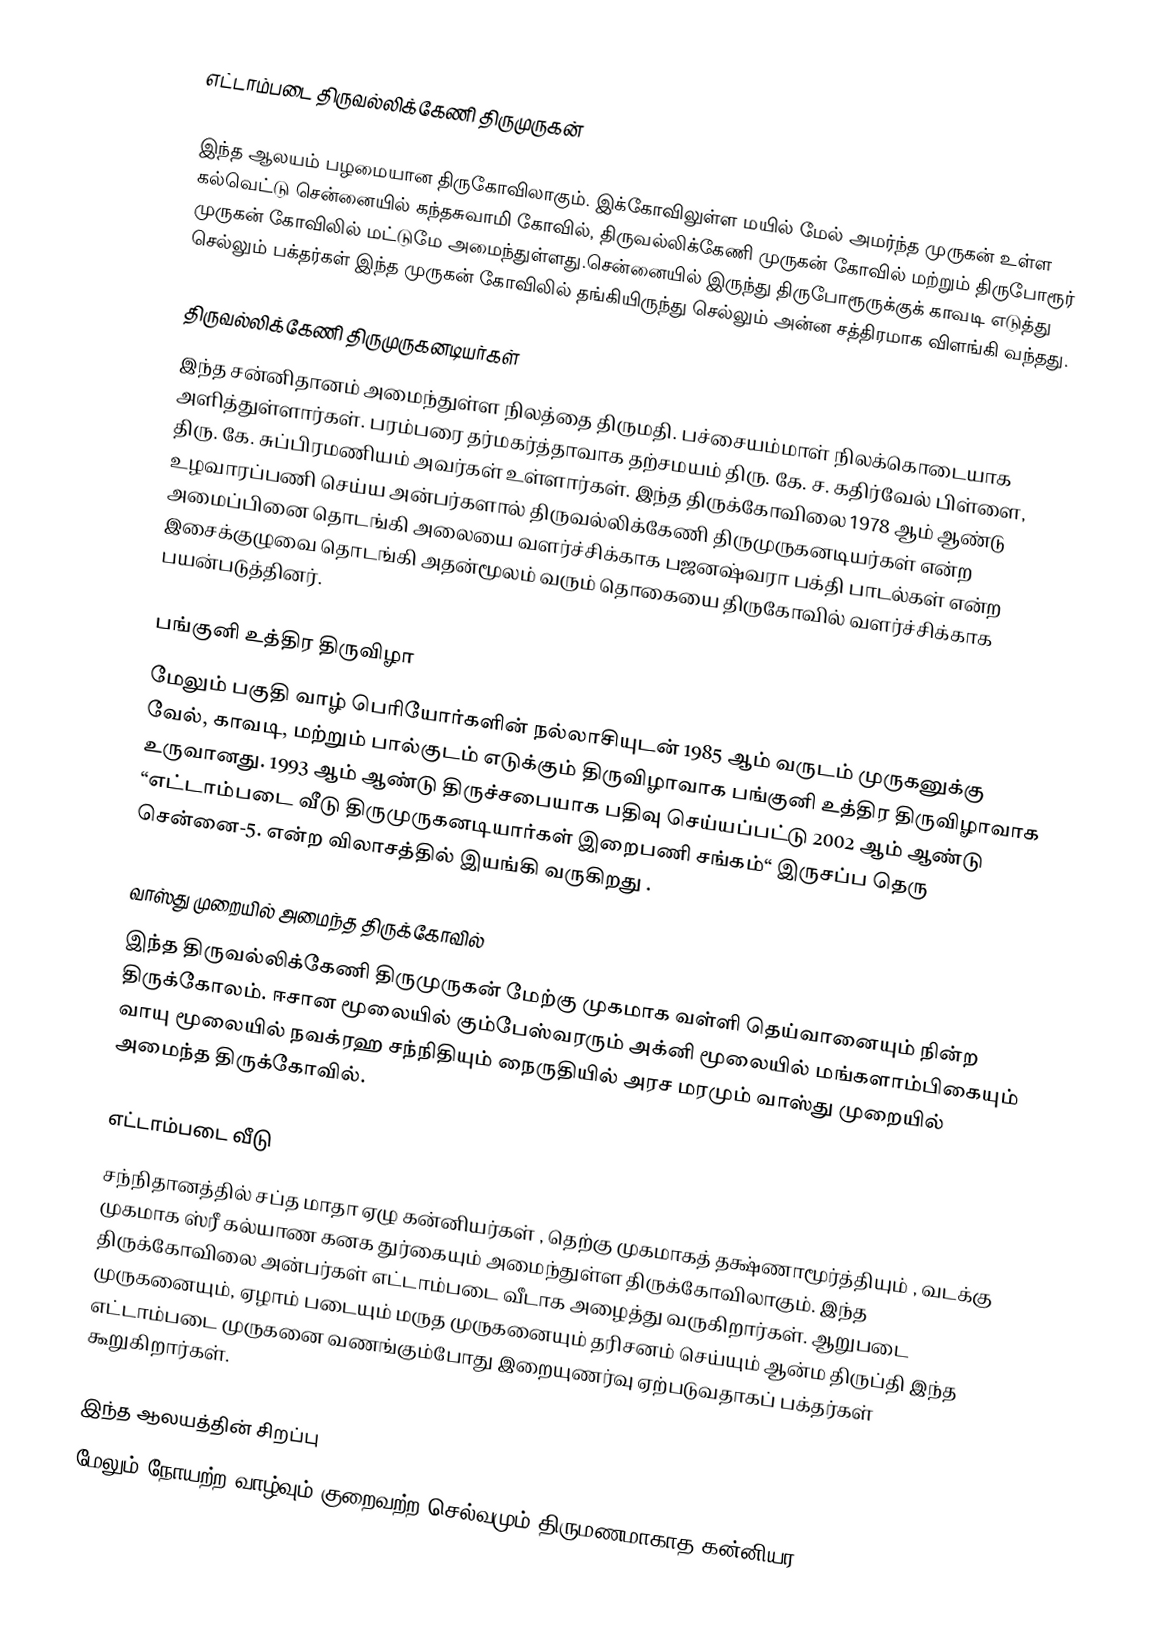
எட்டாம்படை திருவல்லிக்கேணி திருமுருகன்

இந்த ஆலயம் பழமையான திருகோவிலாகும். இக்கோவிலுள்ள மயில் மேல் அமர்ந்த முருகன் உள்ள கல்வெட்டு சென்னையில் கந்தசுவாமி கோவில், திருவல்லிக்கேணி முருகன் கோவில் மற்றும் திருபோரூர் முருகன் கோவிலில் மட்டுமே அமைந்துள்ளது.சென்னையில் இருந்து திருபோரூருக்குக் காவடி எடுத்து செல்லும் பக்தர்கள் இந்த முருகன் கோவிலில் தங்கியிருந்து செல்லும் அன்ன சத்திரமாக விளங்கி வந்தது.

திருவல்லிக்கேணி திருமுருகனடியர்கள்
இந்த சன்னிதானம் அமைந்துள்ள நிலத்தை திருமதி. பச்சையம்மாள் நிலக்கொடையாக அளித்துள்ளார்கள். பரம்பரை தர்மகர்த்தாவாக தற்சமயம் திரு. கே. ச. கதிர்வேல் பிள்ளை, திரு. கே. சுப்பிரமணியம் அவர்கள் உள்ளார்கள். இந்த திருக்கோவிலை 1978 ஆம் ஆண்டு உழவாரப்பணி செய்ய அன்பர்களால் திருவல்லிக்கேணி திருமுருகனடியர்கள் என்ற அமைப்பினை தொடங்கி அலையை வளர்ச்சிக்காக பஜனஷ்வரா பக்தி பாடல்கள் என்ற இசைக்குழுவை தொடங்கி அதன்மூலம் வரும் தொகையை திருகோவில் வளர்ச்சிக்காக பயன்படுத்தினர்.

பங்குனி உத்திர திருவிழா
மேலும் பகுதி வாழ் பெரியோர்களின் நல்லாசியுடன் 1985 ஆம் வருடம் முருகனுக்கு வேல், காவடி, மற்றும் பால்குடம் எடுக்கும் திருவிழாவாக பங்குனி உத்திர திருவிழாவாக உருவானது. 1993 ஆம் ஆண்டு திருச்சபையாக பதிவு செய்யப்பட்டு 2002 ஆம் ஆண்டு “எட்டாம்படை வீடு திருமுருகனடியார்கள் இறைபணி சங்கம்“ இருசப்ப தெரு சென்னை-5. என்ற விலாசத்தில் இயங்கி வருகிறது .

வாஸ்து முறையில் அமைந்த திருக்கோவில்
இந்த திருவல்லிக்கேணி திருமுருகன் மேற்கு முகமாக வள்ளி தெய்வானையும் நின்ற திருக்கோலம். ஈசான மூலையில் கும்பேஸ்வரரும் அக்னி மூலையில் மங்களாம்பிகையும் வாயு மூலையில் நவக்ரஹ சந்நிதியும் நைருதியில் அரச மரமும் வாஸ்து முறையில் அமைந்த திருக்கோவில்.

எட்டாம்படை வீடு
சந்நிதானத்தில் சப்த மாதா ஏழு கன்னியர்கள் , தெற்கு முகமாகத் தக்ஷ்ணாமூர்த்தியும் , வடக்கு முகமாக ஸ்ரீ கல்யாண கனக துர்கையும் அமைந்துள்ள திருக்கோவிலாகும். இந்த திருக்கோவிலை அன்பர்கள் எட்டாம்படை வீடாக அழைத்து வருகிறார்கள். ஆறுபடை முருகனையும், ஏழாம் படையும் மருத முருகனையும் தரிசனம் செய்யும் ஆன்ம திருப்தி இந்த எட்டாம்படை முருகனை வணங்கும்போது இறையுணர்வு ஏற்படுவதாகப் பக்தர்கள் கூறுகிறார்கள்.

இந்த ஆலயத்தின் சிறப்பு
மேலும் நோயற்ற வாழ்வும் குறைவற்ற செல்வமும் திருமணமாகாத கன்னியர